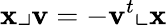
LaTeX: \mathbf{x}\lrcorner\mathbf{v}=-\mathbf{v}^{t}\llcorner\mathbf{x}